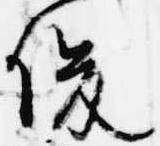
俊